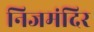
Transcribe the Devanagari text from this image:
निजमंदिर